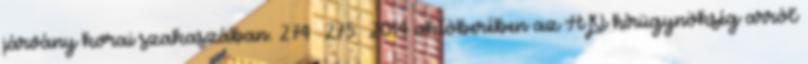
járvány korai szakaszában. 274 275 2014 októberében az AP hírügynökség arról